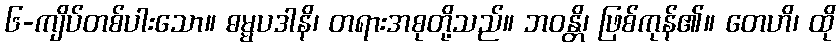
၆-ကျိပ်တစ်ပါးသော။ ဓမ္မပဒါနိ၊ တရားအစုတို့သည်။ ဘဝန္တိ၊ ဖြစ်ကုန်၏။ တေဟိ၊ ထို